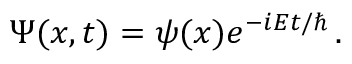
\Psi ( x , t ) = \psi ( x ) e ^ { - i E t / \hbar } \, .